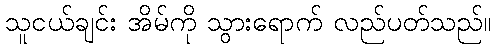
သူငယ်ချင်း အိမ်ကို သွားရောက် လည်ပတ်သည်။